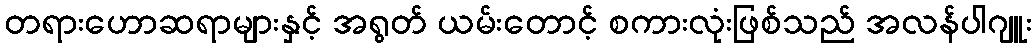
တရားဟောဆရာများနှင့် အရွတ် ယမ်းတောင့် စကားလုံးဖြစ်သည် အလန်ပါဂျူး